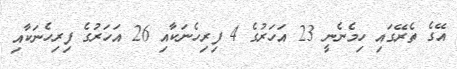
އޭގެ ތެރޭގައި ހިމެނެނީ 23 އަހަރުގެ 4 ފިރިހެނަކާއި 26 އަހަރުގެ ފިރިހެނަކާއި